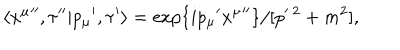
\langle { x ^ { \mu } } ^ { \prime \prime } , \tau ^ { \prime \prime } | { p _ { \mu } } ^ { \prime } , \tau ^ { \prime } \rangle = \exp \{ { i p _ { \mu } } ^ { \prime } { x ^ { \mu } } ^ { \prime \prime } \} / [ p ^ { \ 2 } + m ^ { 2 } ] ,